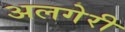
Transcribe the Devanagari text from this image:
अलगेरी